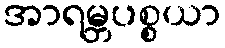
အာရမ္ဘပစ္စယာ